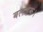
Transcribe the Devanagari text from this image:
बलाहक।